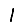
Digit: 1